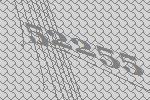
52255